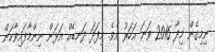
ނިމިގެން މިދާ 2016 ވަނަ އަހަރު އެވެ. މިފަދަ ދަނޑެއް އަޅަން ނިންމާފައިވާކަން